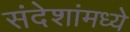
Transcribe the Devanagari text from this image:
संदेशांमध्ये